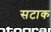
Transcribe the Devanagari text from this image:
सटाक